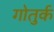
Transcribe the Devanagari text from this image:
गोतुर्क